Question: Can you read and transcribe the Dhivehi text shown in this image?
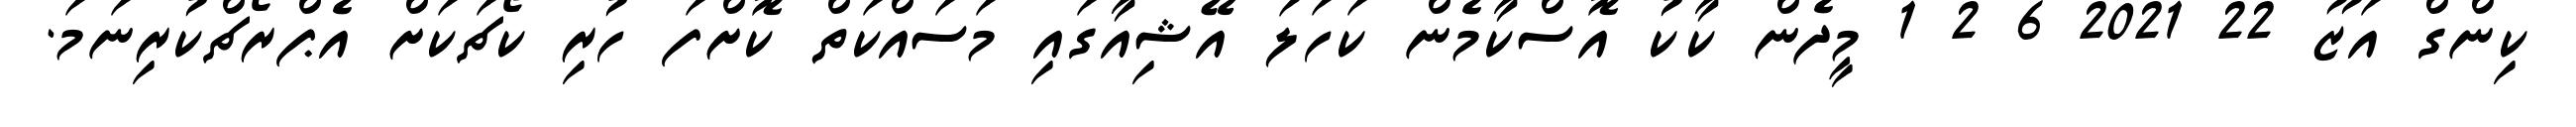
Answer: ކިންގް އަޒޫ 22 2021 6 2 1 މީދެން ކާކު އޮސްކާމެން ކަހަލަ އޭޝިއާގައި މަސައްކަތް ކޮށްފަ ހުރި ކޯޗަކަށް އެޕްރޯޗްކުރިނަމަ.